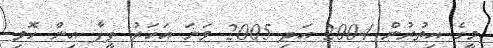
މީގެ އިތުރުން 2004 އަދި 2005 ވަނަ އަހަރު ފީފާ އިން ހޮވި